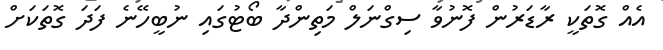
އެއް ގޮތަކީ ރާޑަރުން ފޮނުވާ ސިގްނަލް މަތިންދާ ބޯޓުގައި ނުބީހޭނެ ފަދަ ގޮތަކަށް